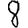
Digit: 8